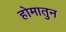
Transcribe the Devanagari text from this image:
होमातुन